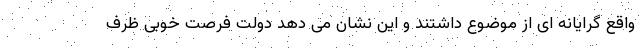
واقع گرایانه ای از موضوع داشتند و این نشان می دهد دولت فرصت خوبی ظرف